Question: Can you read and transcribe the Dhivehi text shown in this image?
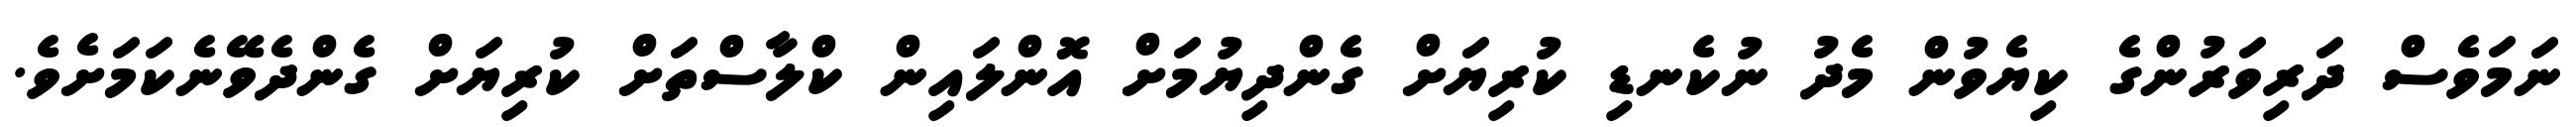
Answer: ނަމަވެސް ދަރިވަރުންގެ ކިޔެވުން މެދު ނުކެނޑި ކުރިޔަށް ގެންދިޔުމަށް އޮންލައިން ކްލާސްތަށް ކުރިޔަށް ގެންދެވޭނެކަމަށެވެ.